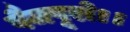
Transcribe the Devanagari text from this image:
पैजपूरो।।